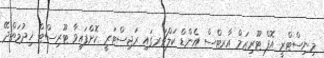
މިނިސްޓްރީ އޮފް ޓޫރިޒަމް އާރޓްސް އެންޑް ކަލްޗަރގައި ރަޖިސްޓަރީ ކޮށްފައިވާ ޓޫރިސްޓް ޚިދުމަތްދޭ